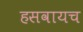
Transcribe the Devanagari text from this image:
हसवायच